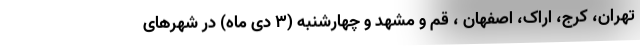
تهران، کرج، اراک، اصفهان ، قم و مشهد و چهارشنبه (۳ دی ماه) در شهرهای